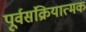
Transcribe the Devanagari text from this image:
पूर्वसंक्रियात्मक